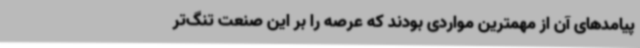
پیامدهای آن از مهمترین مواردی بودند که عرصه را بر این صنعت تنگ‌تر